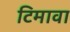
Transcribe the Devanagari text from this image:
टिमावा